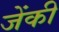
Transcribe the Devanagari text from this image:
जेंकी